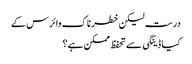
درست لیکن خطرناک وائرس کے
کیا ڈینگی سے تحفظ ممکن ہے؟